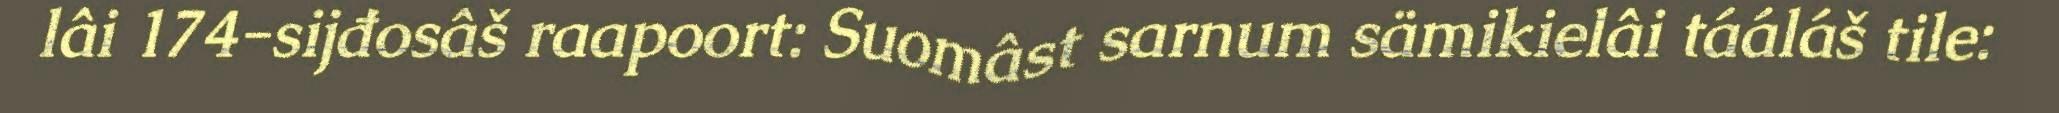
lâi 174-sijđosâš raapoort: Suomâst sarnum sämikielâi tááláš tile: